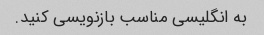
به انگلیسی مناسب بازنویسی کنید.